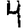
Digit: 4